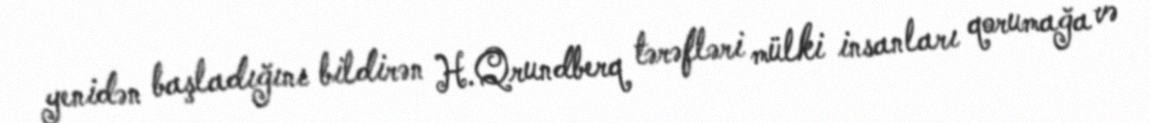
yenidən başladığını bildirən H.Qrundberq tərəfləri mülki insanları qorumağa və